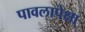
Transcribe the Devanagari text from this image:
पावलापेक्षा